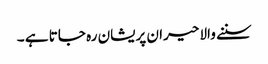
سننے والا حیران پریشان رہ جاتا ہے ۔